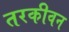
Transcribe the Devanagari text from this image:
तरकीवन